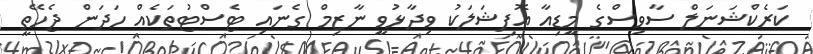
ކަރެކްޝަނަލް ސާވިސްގެ މީޑިއާ އޮފިޝަލަކު ވިދާޅުވީ ނާޒިމް ގެނައި ޓެސްޓުތަކެއް ހަދަން ޖެހޭތީ